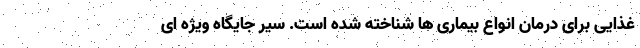
غذایی برای درمان انواع بیماری ها شناخته شده است. سیر جایگاه ویژه ای